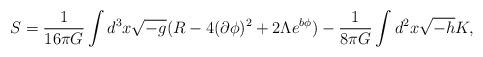
LaTeX: \begin{align*}S=\frac{1}{16\pi G} \int d^3x\sqrt{-g}(R-4(\partial\phi)^2 +2\Lambda e^{b\phi})-\frac{1}{8\pi G}\int d^2x \sqrt{-h}K,\end{align*}